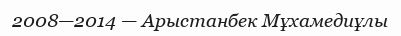
2008—2014 — Арыстанбек Мұхамедиұлы